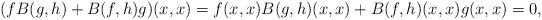
LaTeX: \begin{align*}(fB(g,h)+B(f,h)g)(x,x)=f(x,x)B(g,h)(x,x)+B(f,h)(x,x)g(x,x)=0,\end{align*}